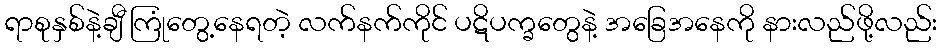
ရာစုနှစ်နဲ့ချီ ကြုံတွေ့နေရတဲ့ လက်နက်ကိုင် ပဋိပက္ခတွေနဲ့ အခြေအနေကို နားလည်ဖို့လည်း